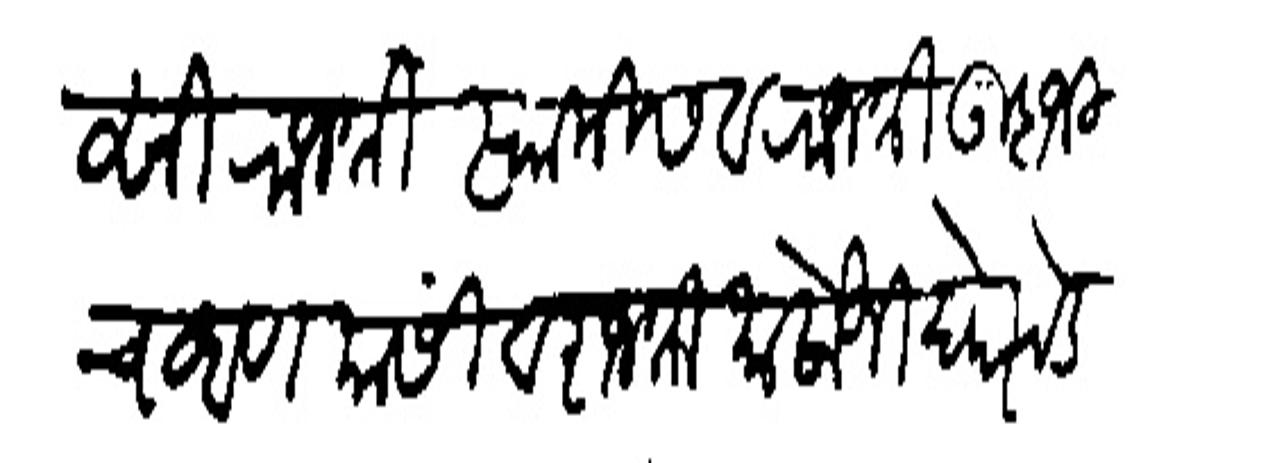
Transliteration (Devanagari): साहित्याविसी राजी स्वामीस व राजश्री उदाजी चव्हाण यांसी व राजश्री मालोजी घोरपडे